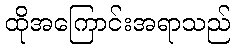
ထိုအကြောင်းအရာသည်